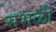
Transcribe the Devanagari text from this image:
सभळी